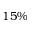
1 5 \%